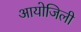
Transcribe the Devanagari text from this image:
आयोजिली